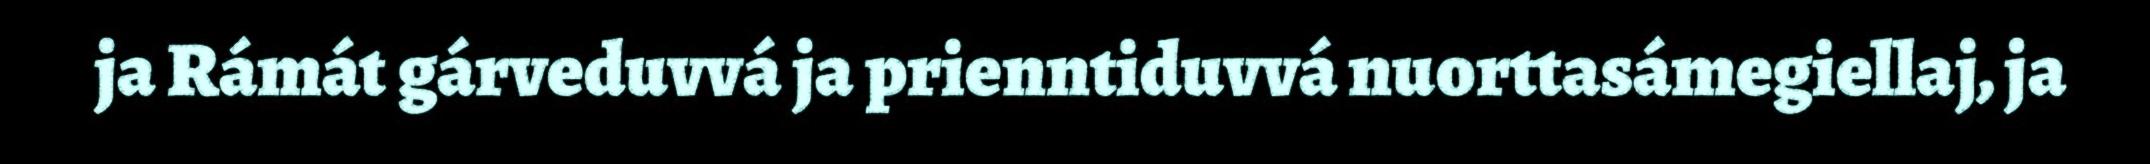
ja Rámát gárveduvvá ja prienntiduvvá nuorttasámegiellaj, ja